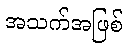
အသက်အဖြစ်